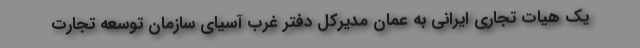
یک هیات تجاری ایرانی به عمان مدیرکل دفتر غرب آسیای سازمان توسعه تجارت